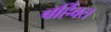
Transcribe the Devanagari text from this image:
बर्हिवत